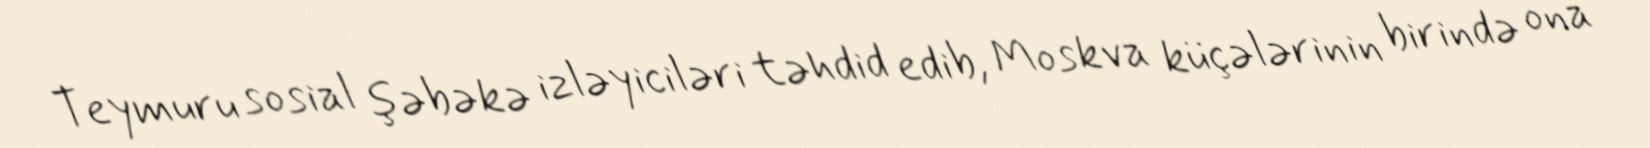
Teymuru sosial şəbəkə izləyiciləri təhdid edib, Moskva küçələrinin birində ona